Mental hospitals Bombay report 1929-33 - 1929-1933
Year: 1929
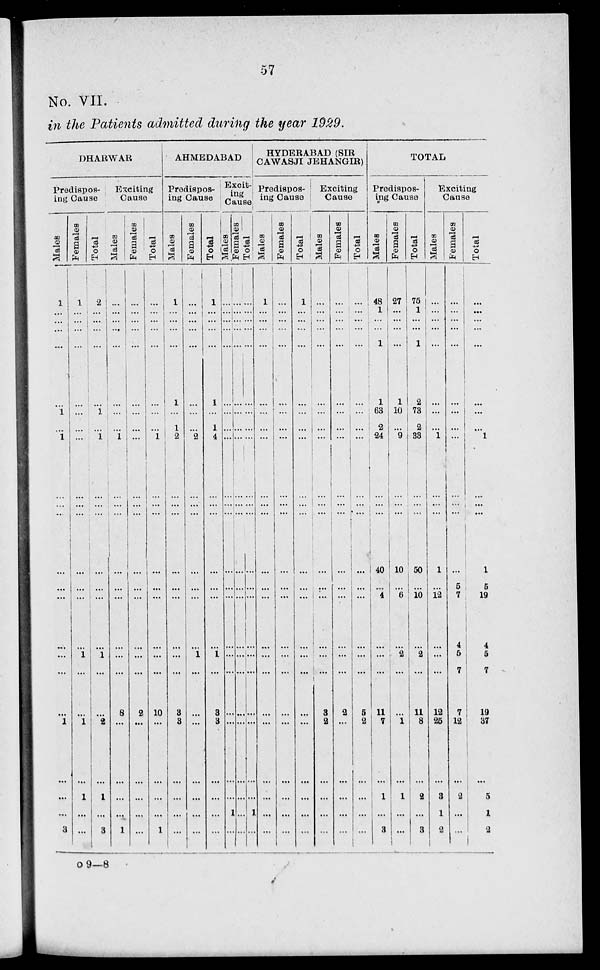
57
No. VII.
in the Patients admitted during the year 1929.
DHARWAR
Predispos-
ing Cause
Males
1
...
...
...
...
...
1
...
1
...
...
...
...
...
...
...
...
...
l
...
...
...
3
Females
1
...
...
...
...
...
...
...
...
...
...
...
...
...
...
1
...
...
1
...
1
...
...
Tot al
2
...
...
...
...
1
...
1
...
...
...
...
...
...
1
...
...
2
...
1
...
3
Exciting
Cause
Males
...
...
...
...
...
...
...
...
1
...
...
...
...
...
...
...
...
8
...
...
...
...
1
Females
...
...
...
...
...
...
...
...
...
...
...
...
...
...
...
...
...
2
...
...
...
...
...
Total
...
...
...
...
...
...
...
1
...
...
...
...
...
...
...
...
10
...
...
...
...
1
AHMEDABAD
Predispos-
ing Cause
Males
1
...
...
...
...
1
...
1
2
...
...
...
...
...
...
...
...
3
3
...
...
...
...
Females
...
...
...
...
...
...
...
...
2
...
...
...
...
...
...
1
...
...
...
...
...
...
...
Total
1
...
...
...
...
1
...
1
4
...
...
...
...
...
1
...
3
3
...
...
...
...
Exciting
Cause
Males
...
...
...
...
...
...
...
...
...
...
...
...
...
...
...
...
...
...
...
...
...
1
...
Females
...
...
...
...
...
...
...
...
...
...
...
...
...
...
...
...
...
...
...
...
...
...
...
Total
...
...
...
...
...
...
...
...
...
...
...
...
...
...
...
...
...
...
...
...
1
...
HYDERABAD (SIR
CAWASJI JEHANGIR)
Predisposing
Cause
Males
1
...
...
...
...
...
...
...
...
...
...
...
...
...
...
...
...
...
...
...
...
...
Females
...
...
...
...
...
...
...
...
...
...
...
...
...
...
...
...
...
...
...
...
...
...
Total
1
...
...
...
...
...
...
...
...
...
...
...
...
...
...
...
...
...
...
...
...
...
Exciting
Cause
Males
...
...
...
...
...
...
...
...
...
...
...
...
...
...
...
3
2
...
...
...
...
Females
...
...
...
...
...
...
...
...
...
...
...
...
...
...
...
...
...
2
...
...
...
...
...
Total
...
...
...
...
...
...
...
...
...
...
...
...
...
...
...
...
...
5
2
...
...
...
...
TOTAL
Predispos-
ing Cause
Males
48
1
...
...
1
1
63
2
24
...
...
40
...
4
...
...
...
11
7
...
1
...
3
Females
27
...
...
...
...
1
10
...
9
...
...
10
...
6
...
2
...
...
1
...
1
...
...
Total
75
1
...
...
1
2
73
2
33
...
...
50
...
10
...
2
...
11
8
...
2
...
3
Exciting
Cause
Males
...
...
...
...
...
...
...
...
1
...
...
1
...
12
...
...
...
12
25
...
3
1
2
Females
...
...
...
...
...
...
...
...
...
...
...
...
5
7
4
5
7
7
12
...
2
...
...
Total
...
...
...
...
...
...
...
...
1
...
...
1
5
19
4
5
7
19 37
...
5
1
2
O 9—8